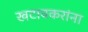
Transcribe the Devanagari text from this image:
खटावकरांना